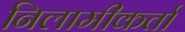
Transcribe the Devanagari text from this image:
निलामीकर्ता